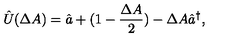
\hat { U } ( \Delta A ) = \hat { a } + ( 1 - \frac { \Delta A } { 2 } ) - \Delta A \hat { a } ^ { \dag } ,